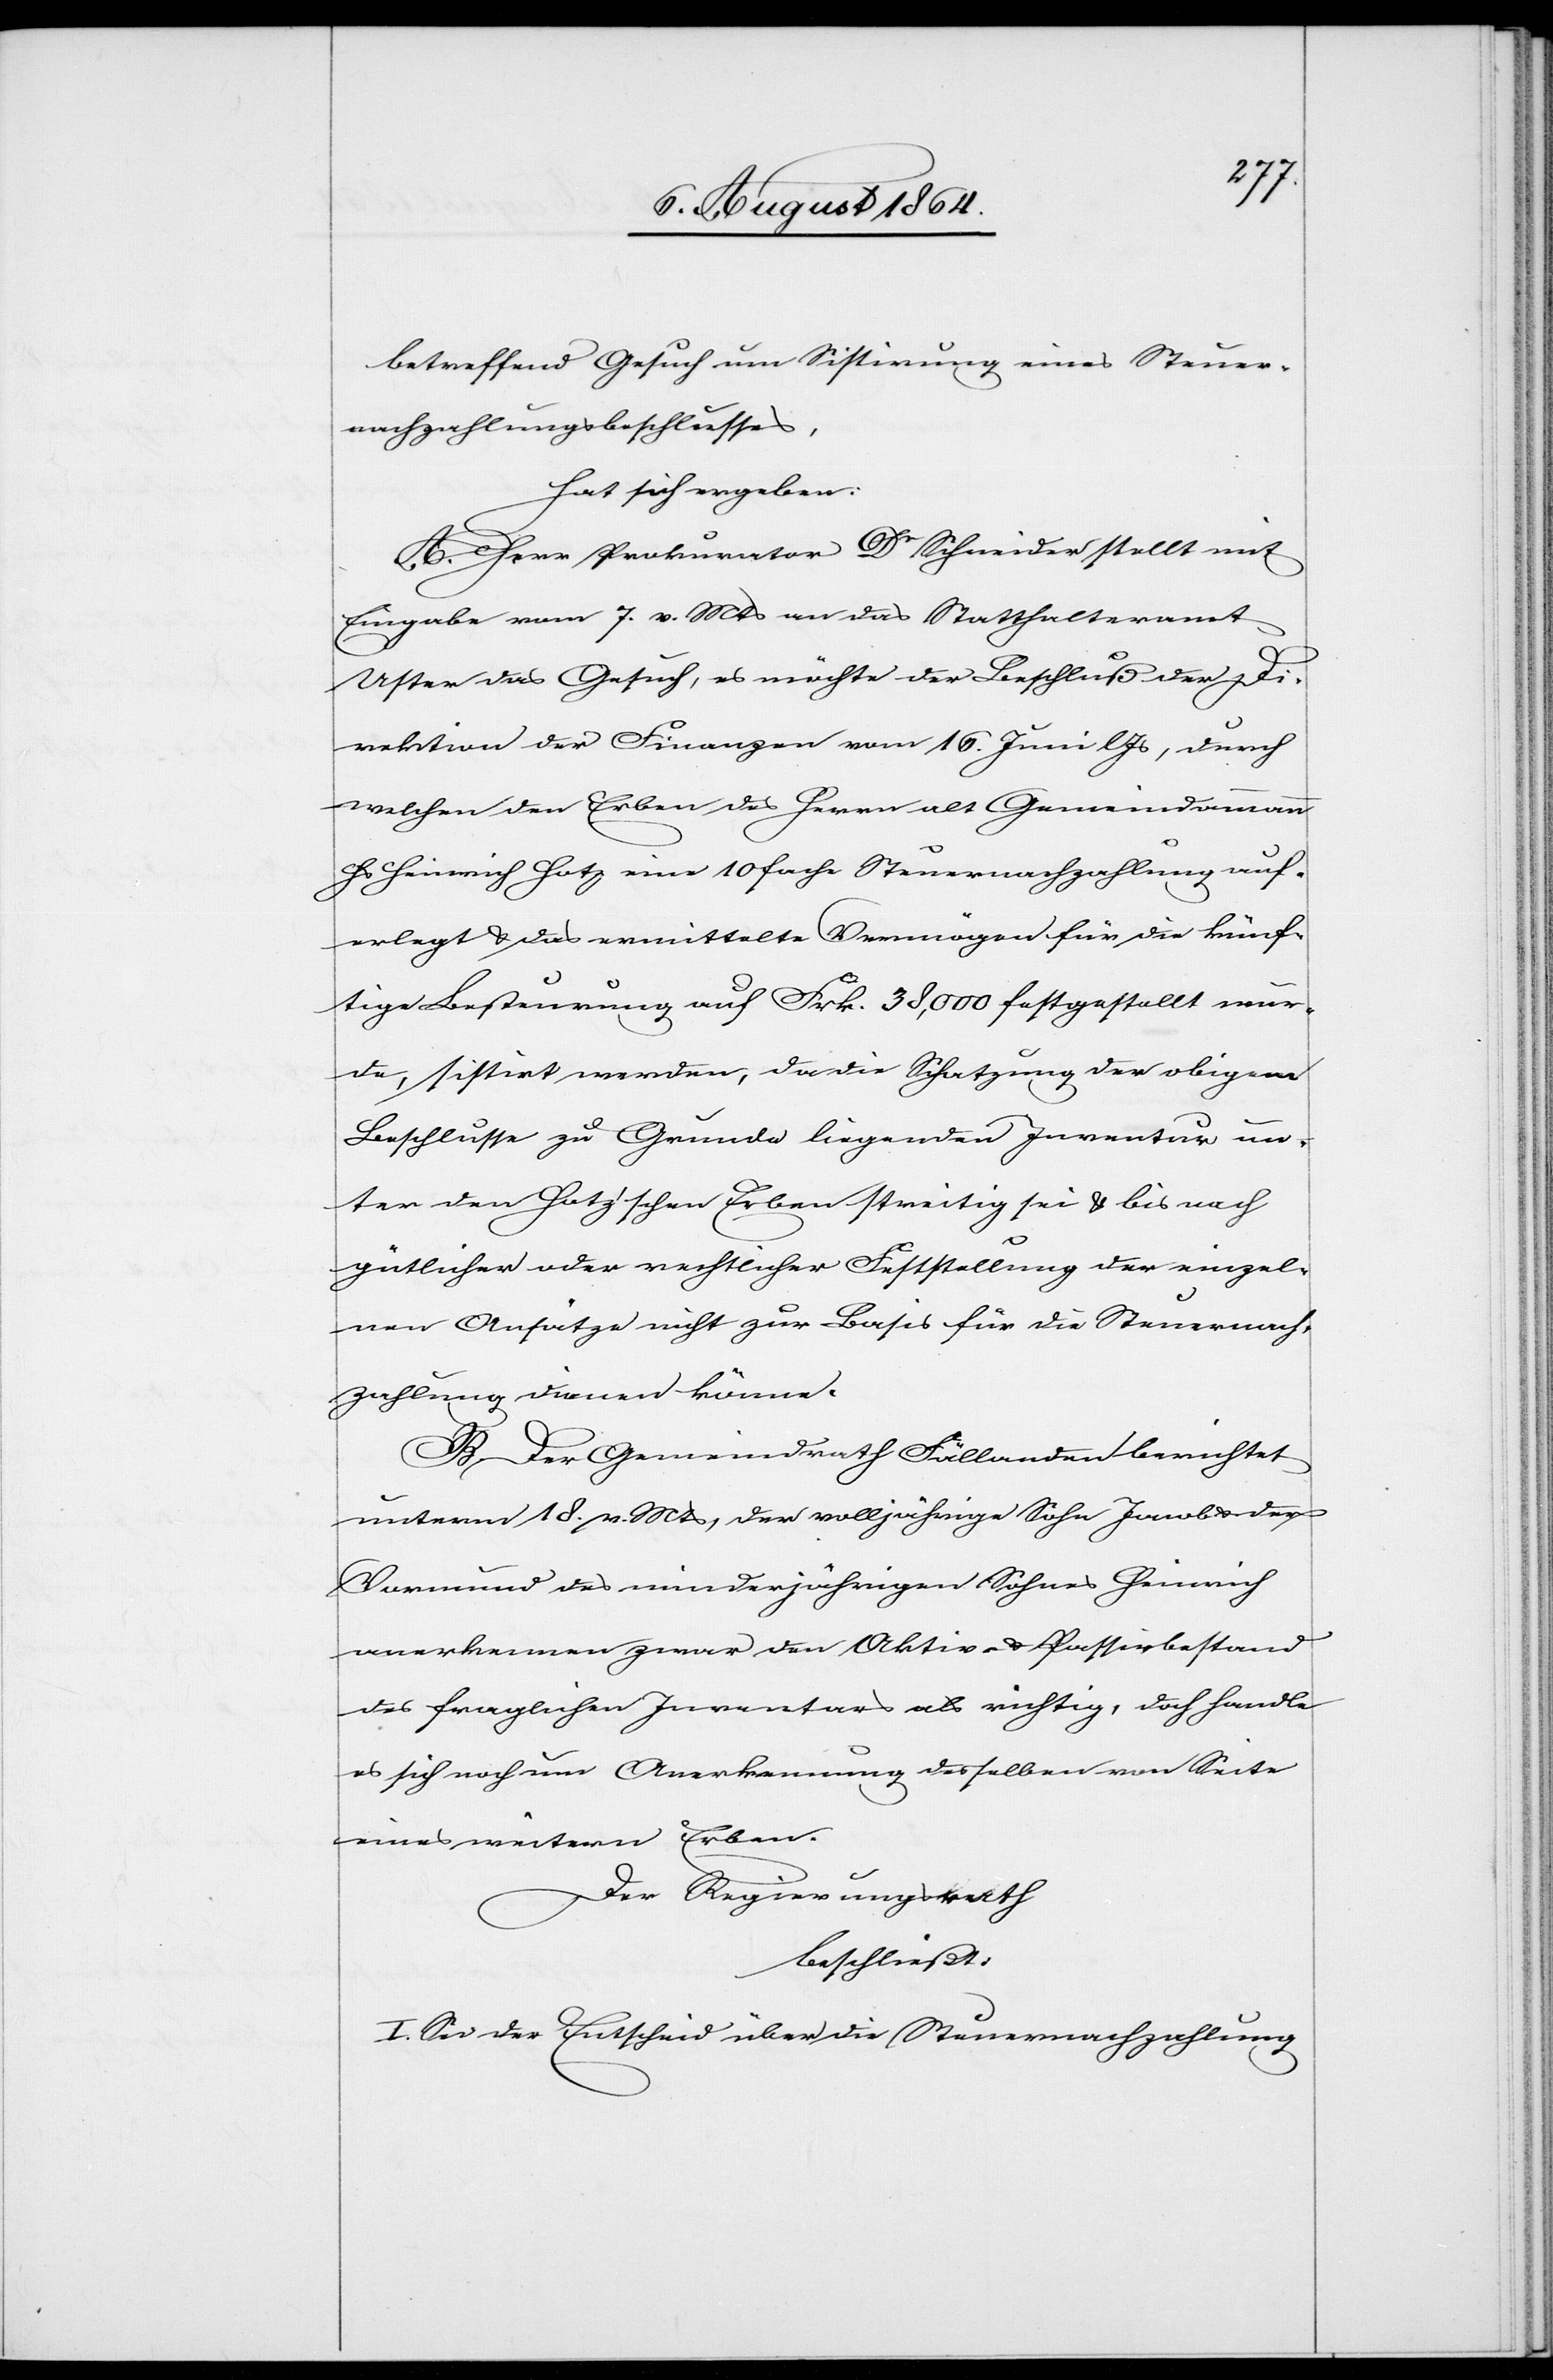
betreffend Gesuch um Sistirung eines Steuer¬
nachzahlungsbeschlusses,
hat sich ergeben:
A. Herr Prokurator Dr Schneider stellt mit
Eingabe vom 7. v. Mts. an das Statthalteramt
Uster das Gesuch, es möchte der Beschluß der Di¬
rektion der Finanzen vom 16. Juni l. Js., durch
welchen den Erben des Herrn alt Gemeindeammann
Hs. Heinrich Hotz eine 10fache Steuernachzahlung auf¬
erlegt & das ermittelte Vermögen für die künf¬
tige Besteurung auf Frk. 38,000 festgestellt wur¬
de, sistirt werden, da die Schatzung der obigem
Beschlusse zu Grunde liegenden Inventur un¬
ter den Hotz’schen Erben streitig sei & bis nach
gütlicher oder rechtlicher Feststellung der einzel¬
nen Ansätze nicht zur Basis für die Steuernach¬
zahlung dienen könne.
B. Der Gemeindrath Fällanden berichtet
unterm 18. v. Mts., der volljährige Sohn Jacob & der
Vormund des minderjährigen Sohnes Heinrich
anerkennen zwar den Aktiv- & Passivbestand
des fraglichen Inventars als richtig, doch handle
es sich noch um Anerkennung desselben von Seite
eines weiteren Erben.
Der Regierungsrath
beschließt:
I. Sei der Entscheid über die Steuernachzahlung